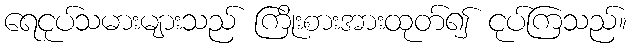
ရေငုပ်သမားများသည် ကြိုးစားအားထုတ်၍ ငုပ်ကြသည်။